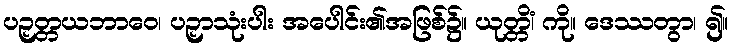
ပဉှတ္တယဘာဝေ၊ ပဉှာသုံးပါး အပေါင်း၏အဖြစ်၌။ ယုတ္တိံ၊ ကို။ ဒေဿတွာ၊ ၍။